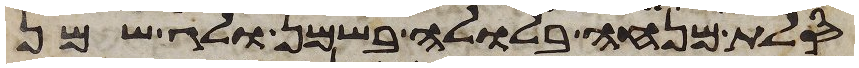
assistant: סלת מנחה בלולה בשמן ולג שמן